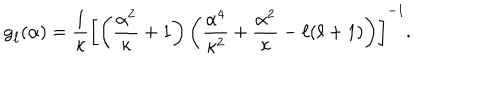
LaTeX: { \sf g } _ { \ell } ( { \alpha } ) = \frac { 1 } { \kappa } \left[ \left( { \frac { \alpha ^ { 2 } } { \kappa } + 1 } \right) \left( \frac { \alpha ^ { 4 } } { \kappa ^ { 2 } } + \frac { \alpha ^ { 2 } } { \kappa } - { \ell } ( { \ell } + 1 ) \right) \right] ^ { - 1 } .